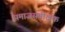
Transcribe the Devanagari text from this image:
समाजसमीक्षक